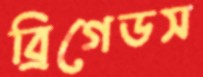
ব্রিগেডস